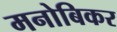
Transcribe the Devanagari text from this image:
मनोबिकर